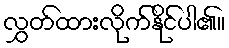
လွှတ်ထားလိုက်နိုင်ပါ၏။